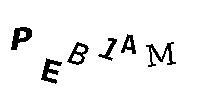
PEB1AM